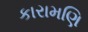
કારામણિ